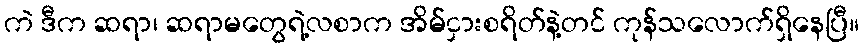
ကဲ ဒီက ဆရာ၊ ဆရာမတွေရဲ့လစာက အိမ်ငှားစရိတ်နဲ့တင် ကုန်သလောက်ရှိနေပြီ။